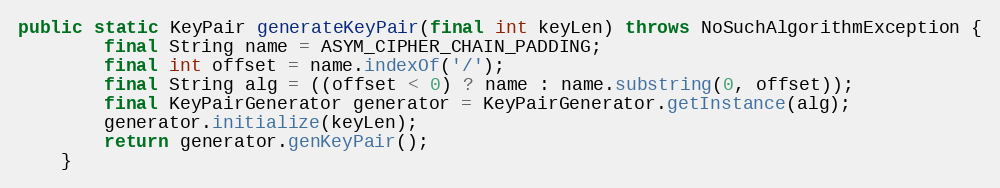
Language: Java
public static KeyPair generateKeyPair(final int keyLen) throws NoSuchAlgorithmException {
		final String name = ASYM_CIPHER_CHAIN_PADDING;
		final int offset = name.indexOf('/');
		final String alg = ((offset < 0) ? name : name.substring(0, offset));
		final KeyPairGenerator generator = KeyPairGenerator.getInstance(alg);
		generator.initialize(keyLen);
		return generator.genKeyPair();
	}